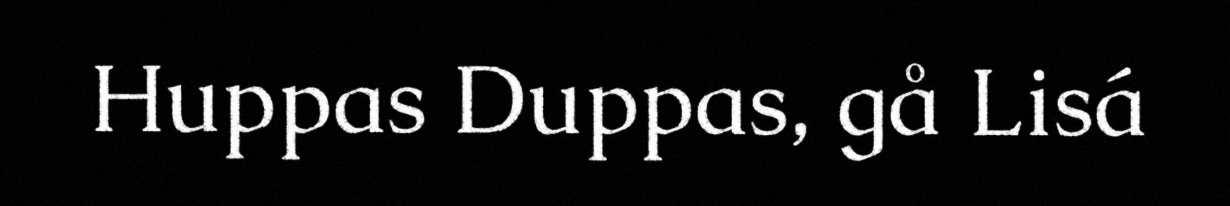
Huppas Duppas, gå Lisá